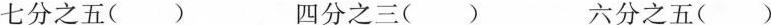
七分之五() 四分之三() 六分之五()